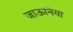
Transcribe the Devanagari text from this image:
जाऊनिया